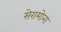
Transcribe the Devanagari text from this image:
सेरामोना